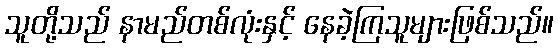
သူတို့သည် နာမည်တစ်လုံးနှင့် နေခဲ့ကြသူများဖြစ်သည်။